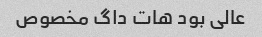
عالی بود هات داگ مخصوص